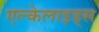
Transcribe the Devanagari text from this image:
एल्केलाइड्स